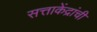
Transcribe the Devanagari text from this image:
सत्ताकेंद्रांची